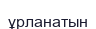
ұрланатын